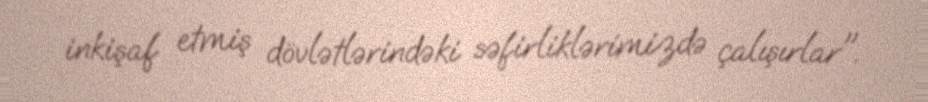
inkişaf etmiş dövlətlərindəki səfirliklərimizdə çalışırlar".